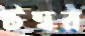
টম্বর